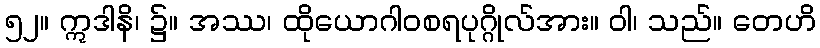
၅၂။ ဣဒါနိ၊ ၌။ အဿ၊ ထိုယောဂါဝစရပုဂ္ဂိုလ်အား။ ဝါ၊ သည်။ တေဟိ